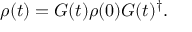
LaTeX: \rho ( t ) = G ( t ) \rho ( 0 ) G ( t ) ^ { \dagger } .